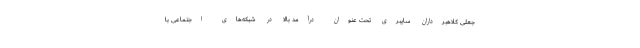
جعلی کلاهبرداران سایبری تحت عنوان درآمد بالا در شبکه‌های اجتماعی با